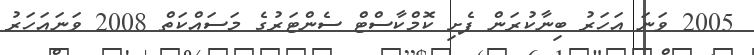
2005 ވަނަ އަހަރު ބިނާކުރަން ފެށި ކޮމްކާސްޓް ސެންޓަރުގެ މަސައްކަތް 2008 ވަނައަހަރު